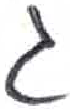
אות: ג